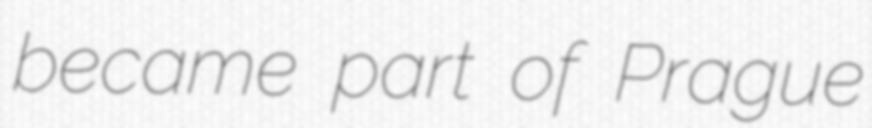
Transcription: became part of Prague